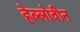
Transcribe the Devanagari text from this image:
हेल्लोवीन